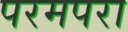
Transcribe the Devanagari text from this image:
परमपरा